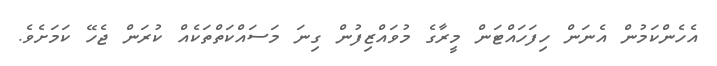
އެހެންކަމުން އެނަން ހިފަހައްޓަން މީރާގެ މުވައްޒިފުން ގިނަ މަސައްކަތްތަކެއް ކުރަން ޖެހޭ ކަމަށެވެ.